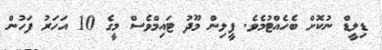
ޑިލީޑް ނުކޮށް ބެހެއްޓުމެވެ. ފީލިން މޫދު ޓައިމްވެސް މީގެ 10 އަހަރު ފަހުން